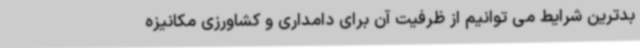
بدترین شرایط می توانیم از ظرفیت آن برای دامداری و کشاورزی مکانیزه